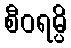
စီဝရမ္ပိ